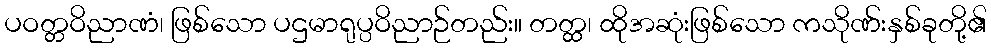
ပဝတ္တဝိညာဏံ၊ ဖြစ်သော ပဌမာရုပ္ပဝိညာဉ်တည်း။ တတ္ထ၊ ထိုအဆုံးဖြစ်သော ကသိုဏ်းနှစ်ခုတို့၏